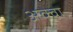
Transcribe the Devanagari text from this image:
अक्वा